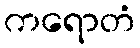
ကရောတံ